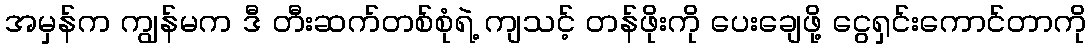
အမှန်က ကျွန်မက ဒီ တီးဆက်တစ်စုံရဲ့ ကျသင့် တန်ဖိုးကို ပေးချေဖို့ ငွေရှင်းကောင်တာကို